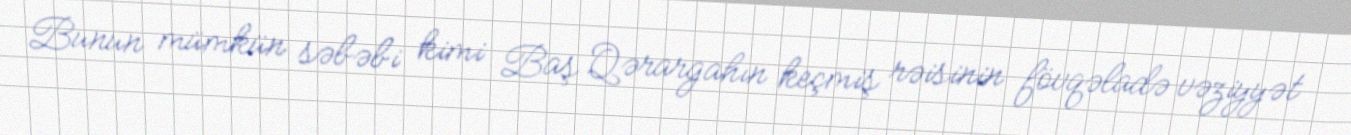
Bunun mümkün səbəbi kimi Baş Qərargahın keçmiş rəisinin fövqəladə vəziyyət